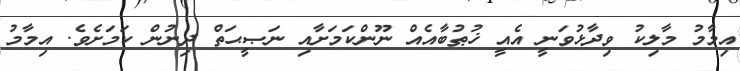
އިމާމު މާލިކު ވިދާޅުވަނީ އެއީ ޚުޠުބާއެއް ނޫންކަމަށާއި ނަޞީޙަތް ދިނުން ކަމަށެވެ. އިމާމު